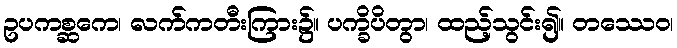
ဥပကစ္ဆကေ၊ လက်ကတီးကြား၌။ ပက္ခိပိတွာ၊ ထည့်သွင်း၍။ တဿေဝ၊